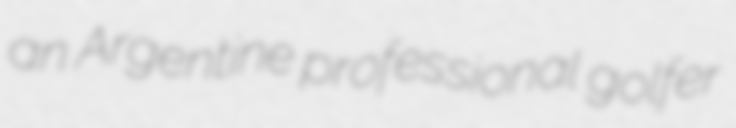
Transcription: an Argentine professional golfer